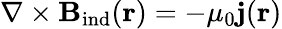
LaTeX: \nabla\times\mathbf{B}_{\mathrm{ind}}(\mathbf{r})=-\mu_{0}\mathbf{j}(\mathbf{r})